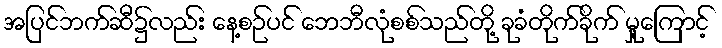
အပြင်ဘက်ဆီ၌လည်း နေ့စဉ်ပင် ဘေဘီလုံစစ်သည်တို့ ခုခံတိုက်ခိုက် မှု့ကြောင့်